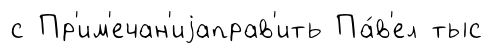
с Пр'им'ечан'иjаправ'ить Па́в'ел тыс